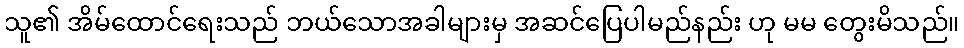
သူ၏ အိမ်ထောင်ရေးသည် ဘယ်သောအခါများမှ အဆင်ပြေပါမည်နည်း ဟု မမ တွေးမိသည်။